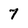
Character: 7